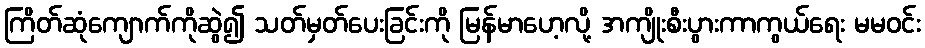
ကြိတ်ဆုံကျောက်ကိုဆွဲ၍ သတ်မှတ်ပေးခြင်းကို မြန်မာဟေ့လို့ အကျိုးစီးပွားကာကွယ်ရေး မမဝင်း